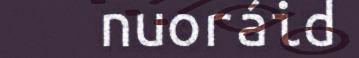
nuoráid